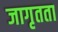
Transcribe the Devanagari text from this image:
जागृतता